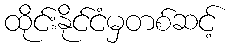
ထိုင်းနိုင်ငံမှတစ်ဆင့်